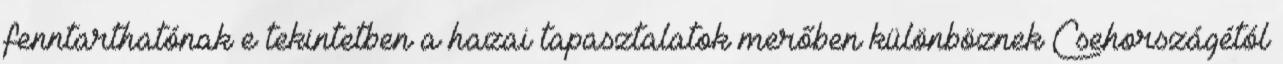
fenntarthatónak e tekintetben a hazai tapasztalatok merőben különböznek Csehországétól